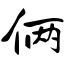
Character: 俩